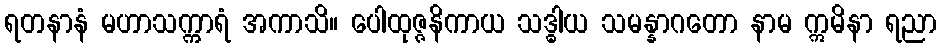
ရတနာနံ မဟာသက္ကာရံ အကာသိ။ ပေါထုဇ္ဇနိကာယ သဒ္ဓါယ သမန္နာဂတော နာမ ဣမိနာ ရညာ